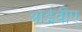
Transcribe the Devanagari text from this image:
आईवीए